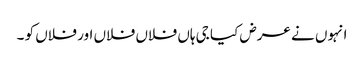
انہوں نے عرض کیا جی ہاں فلاں فلاں اور فلاں کو ۔